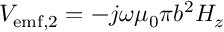
V _ { \mathrm { e m f , 2 } } = - j \omega \mu _ { 0 } \pi b ^ { 2 } H _ { z }